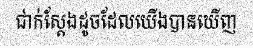
ជាក់ស្តែងដូចដែលយើងបានឃើញ